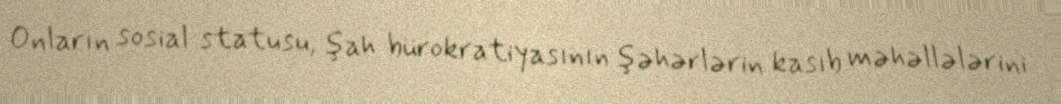
Onların sosial statusu, şah bürokratiyasının şəhərlərin kasıb məhəllələrini